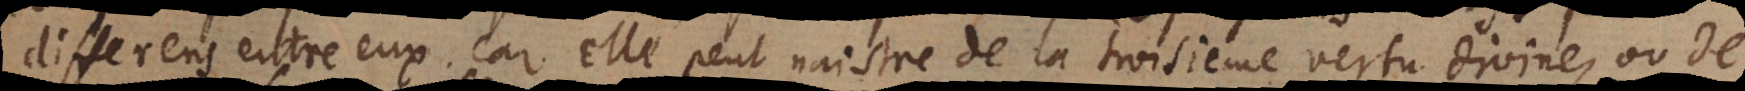
differens entre eux. Car elle peut naistre de la troisième vertu Div